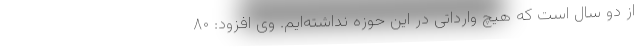
از دو سال است که هیچ وارداتی در این حوزه نداشته‌ایم. وی افزود: ۸۰